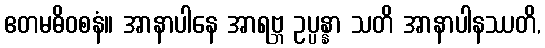
ဧတမဓိဝစနံ။ အာနာပါနေ အာရဗ္ဘ ဥပ္ပန္နာ သတိ အာနာပါနဿတိ,